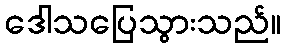
ဒေါသပြေသွားသည်။